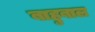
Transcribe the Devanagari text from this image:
बाहुबाल